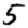
Digit: 5